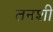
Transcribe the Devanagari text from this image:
तनशी